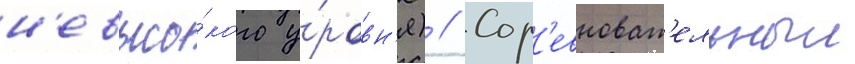
н'евысо́кого у́ровн'я) // Сор'евноват'ельныи